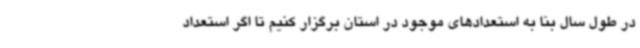
در طول سال بنا به استعدادهای موجود در استان برگزار کنیم تا اگر استعداد